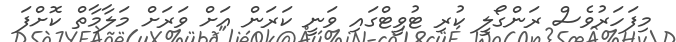
މިފަހަރުވެސް ރަންގޯލީ ކުރި ޓުވީޓްގައި ވަނީ ކަރަން އަށް ވަރަށް މަލާމާތް ކޮށްފަ